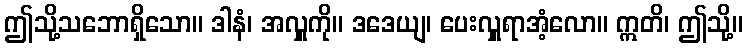
ဤသို့သဘောရှိသော။ ဒါနံ၊ အလှူကို။ ဒဒေယျ၊ ပေးလှူရာအံ့လော။ ဣတိ၊ ဤသို့။